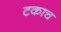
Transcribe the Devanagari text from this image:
टकाच